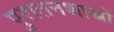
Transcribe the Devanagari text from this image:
पुरातनशास्त्रों